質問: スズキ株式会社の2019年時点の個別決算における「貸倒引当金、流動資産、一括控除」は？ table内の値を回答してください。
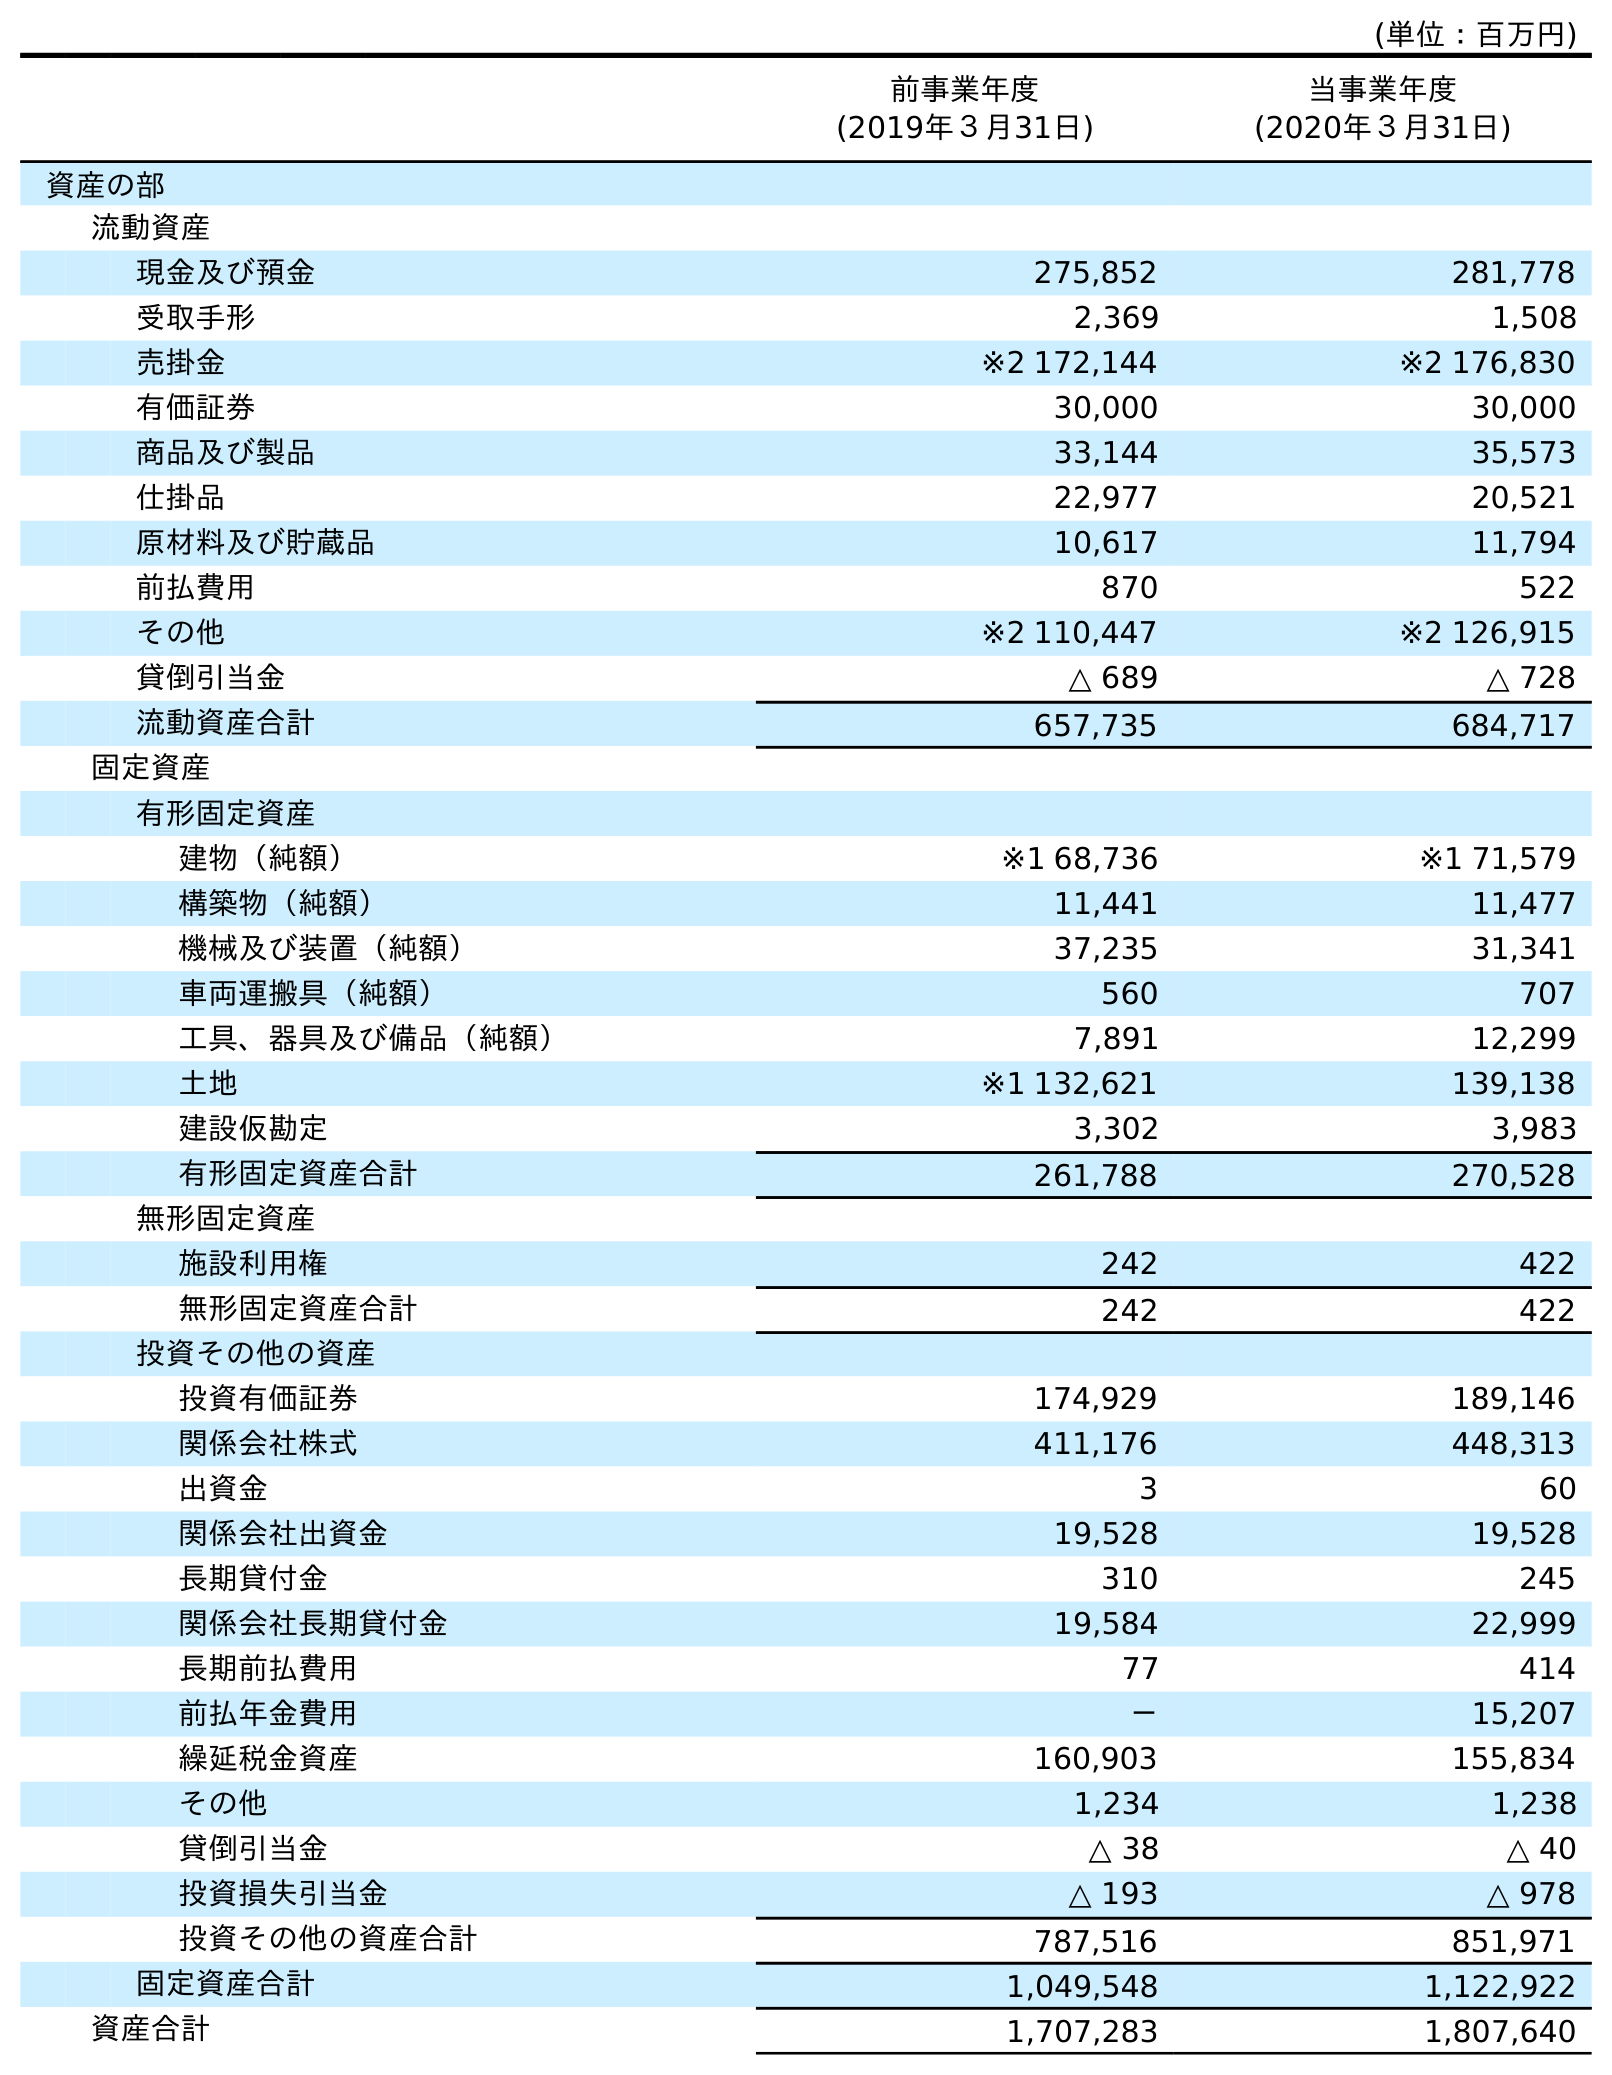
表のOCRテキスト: (単位：百万円) 前事業年度 (2019年３月31日) 当事業年度 (2020年３月31日) 資産の部 流動資産 現金及び預金 275,852 281,778 受取手形 2,369 1,508 売掛金 ※2 172,144 ※2 176,830 有価証券 30,000 30,000 商品及び製品 33,144 35,573 仕掛品 22,977 20,521 原材料及び貯蔵品 10,617 11,794 前払費用 870 522 その他 ※2 110,447 ※2 126,915 貸倒引当金 △ 689 △ 728 流動資産合計 657,735 684,717 固定資産 有形固定資産 建物（純額） ※1 68,736 ※1 71,579 構築物（純額） 11,441 11,477 機械及び装置（純額） 37,235 31,341 車両運搬具（純額） 560 707 工具、器具及び備品（純額） 7,891 12,299 土地 ※1 132,621 139,138 建設仮勘定 3,302 3,983 有形固定資産合計 261,788 270,528 無形固定資産 施設利用権 242 422 無形固定資産合計 242 422 投資その他の資産 投資有価証券 174,929 189,146 関係会社株式 411,176 448,313 出資金 3 60 関係会社出資金 19,528 19,528 長期貸付金 310 245 関係会社長期貸付金 19,584 22,999 長期前払費用 77 414 前払年金費用 － 15,207 繰延税金資産 160,903 155,834 その他 1,234 1,238 貸倒引当金 △ 38 △ 40 投資損失引当金 △ 193 △ 978 投資その他の資産合計 787,516 851,971 固定資産合計 1,049,548 1,122,922 資産合計 1,707,283 1,807,640
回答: △689